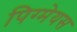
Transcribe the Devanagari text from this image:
पिग्मेयस